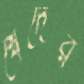
খেদের